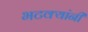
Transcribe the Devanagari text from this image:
भटक्यांनी